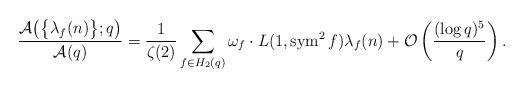
LaTeX: \begin{align*} \frac{ \mathcal{A}\big( \big\{ \lambda_f(n) \big\};q \big)}{\mathcal{A}(q)} = \frac{1}{\zeta(2)} \sum_{f\in H_2(q)} \omega_f \cdot L(1,\operatorname{sym}^2 f) \lambda_f(n) + \mathcal O\left(\frac{(\log q)^5}{q}\right). \end{align*}